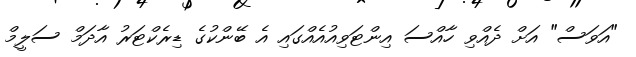
"އަވަސް" އަށް ދެއްވި ހާއްސަ އިންޓަވިއުއެއްގައި އެ ބޭންކުގެ ޑިރެކްޓަރު އާދަމް ސަލީމް